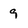
Character: 9